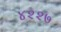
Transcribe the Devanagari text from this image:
४२२७